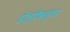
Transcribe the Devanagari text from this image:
हॉल्टिकल्चर